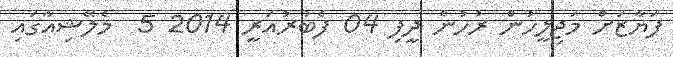
ފަޔާޒަށް މަޖިލީހުން ރުހުން ދީފި 04 ފެބުރުއަރީ 2014 5  މެލޭޝިއާގައި